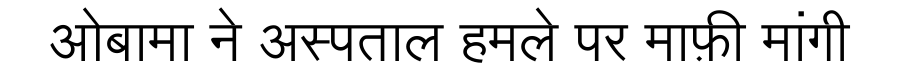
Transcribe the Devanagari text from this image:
ओबामा ने अस्पताल हमले पर माफ़ी मांगी